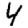
Digit: 4